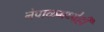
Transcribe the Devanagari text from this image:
नेपाळमध्येही